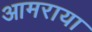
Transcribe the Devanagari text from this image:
आमराया